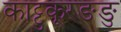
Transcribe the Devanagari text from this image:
काट्टुकूरङङु